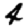
Digit: 4